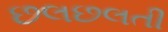
છલછલતી